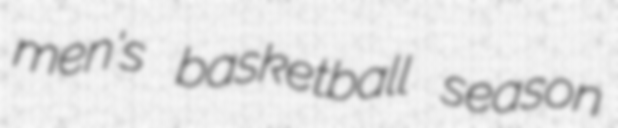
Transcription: men's basketball season